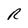
Character: R